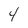
Character: 4